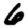
Digit: 6